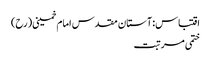
اقتباس: آستان مقدس امام خمینی(رح)
ختمی مرتبت